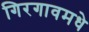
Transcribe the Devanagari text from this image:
गिरगावमधे